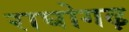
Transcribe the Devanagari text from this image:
राघोगढ़